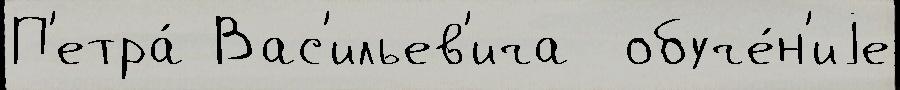
П'етра́ Вас'ильев'ича  обуче́н'иjе